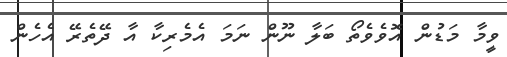
ވީމާ މަޑުން އޮވެވެތޯ ބަލާ ނޫން ނަމަ އެމެރިކާ އާ ދޭތެރޭ އެހެން